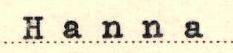
Hanna